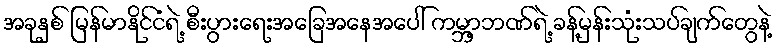
အခုနှစ် မြန်မာနိုင်ငံရဲ့ စီးပွားရေးအခြေအနေအပေါ် ကမ္ဘာ့ဘဏ်ရဲ့ ခန့်မှန်းသုံးသပ်ချက်တွေနဲ့